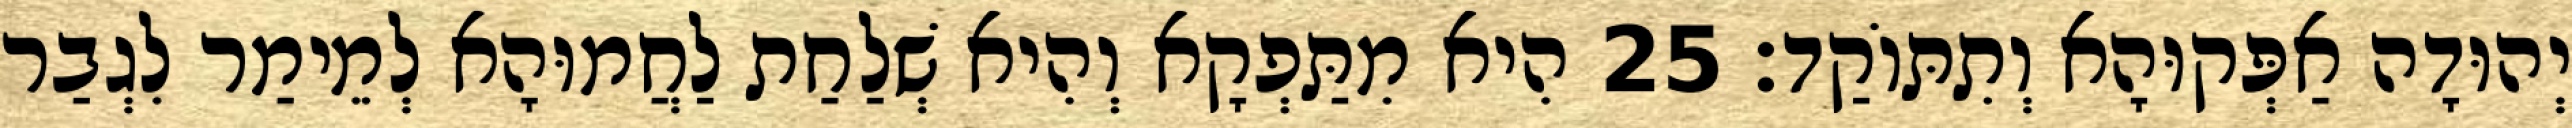
יְהוּדָה אַפְּקוּהָא וְתִתּוֹקַד׃ 25 הִיא מִתַּפְקָא וְהִיא שְׁלַחַת לַחֲמוּהָא לְמֵימַר לִגְבַר